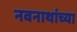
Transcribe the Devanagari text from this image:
नवनाथांच्या